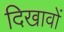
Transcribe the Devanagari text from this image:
दिखावों